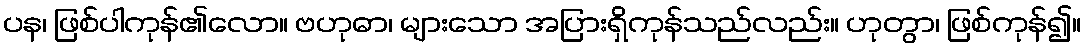
ပန၊ ဖြစ်ပါကုန်၏လော။ ဗဟုဓာ၊ များသော အပြားရှိကုန်သည်လည်း။ ဟုတွာ၊ ဖြစ်ကုန်၍။